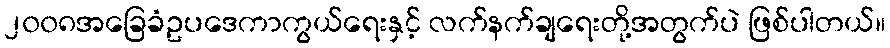
၂၀၀၈အခြေခံဥပဒေကာကွယ်ရေးနှင့် လက်နက်ချရေးတို့အတွက်ပဲ ဖြစ်ပါတယ်။